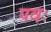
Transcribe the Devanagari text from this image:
पवः